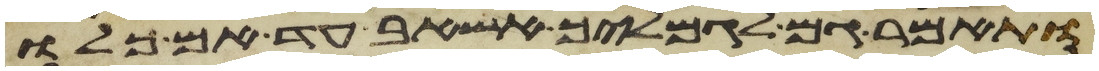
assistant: ותאמר גם לגמליך אשאב עד אם כלו